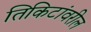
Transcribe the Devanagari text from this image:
तिकिटांवरील